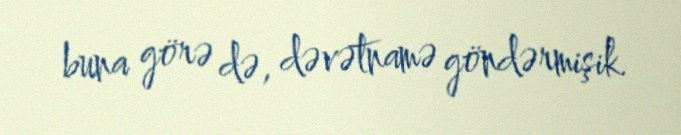
buna görə də, dəvətnamə göndərmişik.